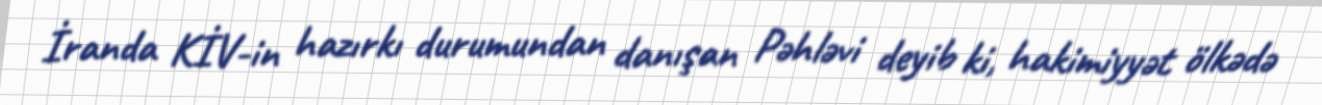
İranda KİV-in hazırkı durumundan danışan Pəhləvi deyib ki, hakimiyyət ölkədə